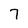
Character: 7